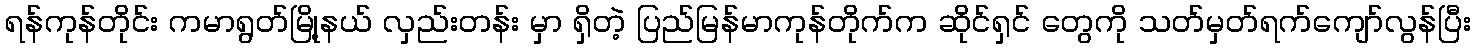
ရန်ကုန်တိုင်း ကမာရွတ်မြို့နယ် လှည်းတန်း မှာ ရှိတဲ့ ပြည်မြန်မာကုန်တိုက်က ဆိုင်ရှင် တွေကို သတ်မှတ်ရက်ကျော်လွန်ပြီး